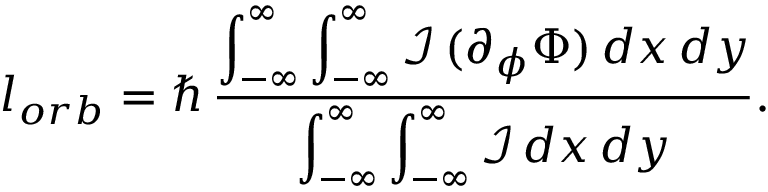
l _ { o r b } = \hbar \, \frac { \displaystyle \int _ { - \infty } ^ { \infty } \int _ { - \infty } ^ { \infty } \mathcal { I } \, ( \partial _ { \phi } \Phi ) \, d x \, d y } { \displaystyle \int _ { - \infty } ^ { \infty } \int _ { - \infty } ^ { \infty } \mathcal { I } \, d x \, d y } .